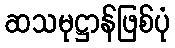
ဆသမုဋ္ဌာန်ဖြစ်ပုံ